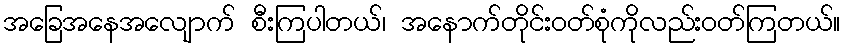
အခြေအနေအလျောက် စီးကြပါတယ်၊ အနောက်တိုင်းဝတ်စုံကိုလည်းဝတ်ကြတယ်။